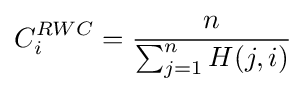
C_{i}^{RWC}={\frac {n}{\sum _{j=1}^{n}H(j,i)}}